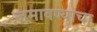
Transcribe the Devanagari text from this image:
जमावण्याचा